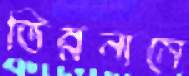
ভিন্ননামে